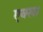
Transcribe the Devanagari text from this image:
एक्स।